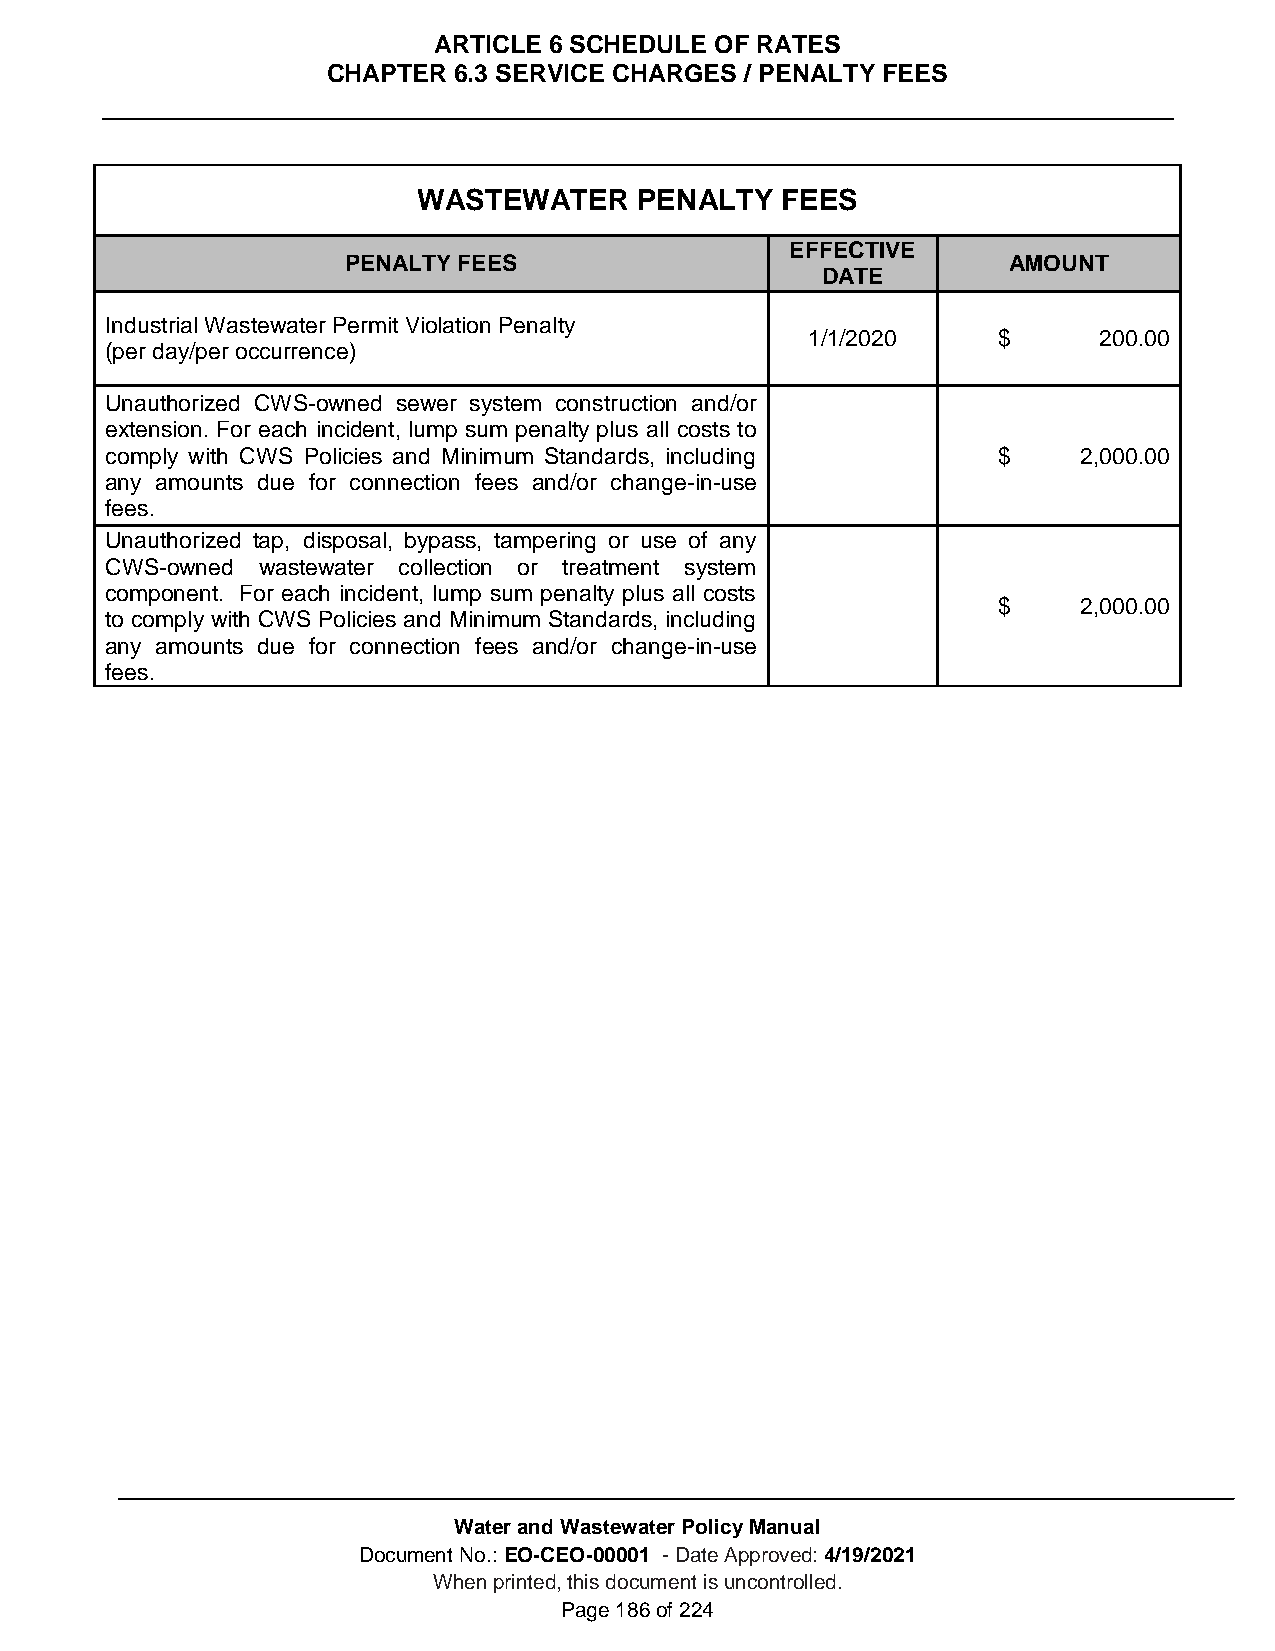
ARTICLE 6 SCHEDULE OF RATES
 CHAPTER 6.3 SERVICE CHARGES / PENALTY FEES
 WASTEWATER    PENALTY   FEES
 EFFECTIVE
 PENALTY FEES                                AMOUNT
 DATE
 Industrial Wastewater Permit Violation Penalty
 1/1/2020     $      200.00
 (per day/per occurrence)
 Unauthorized CWS-owned sewer system construction and/or
 extension. For each incident, lump sum penalty plus all costs to
 comply with CWS Policies and Minimum Standards, including  $     2,000.00
 any amounts due for connection fees and/or change-in-use
 fees.
 Unauthorized tap, disposal, bypass, tampering or use of any
 CWS-owned wastewater collection or treatment system
 component. For each incident, lump sum penalty plus all costs
 $     2,000.00
 to comply with CWS Policies and Minimum Standards, including
 any amounts due for connection fees and/or change-in-use
 fees.
 Water and Wastewater Policy Manual
 Document No.: EO-CEO-00001 - Date Approved: 4/19/2021
 When printed, this document is uncontrolled.
 Page 186 of 224